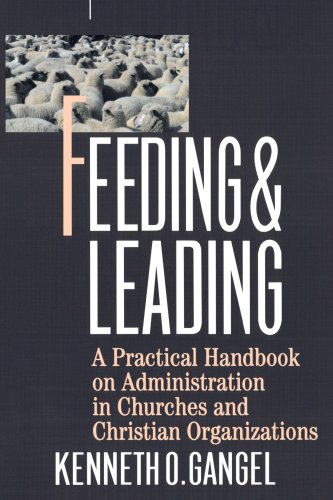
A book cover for Feeding & Leading: PRactical Handbook on Administration in Churches and Christian Organizations; Kenneth O. Gangel; Christian Books & Bibles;